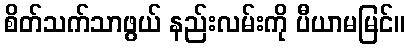
စိတ်သက်သာဖွယ် နည်းလမ်းကို ပီယာမမြင်။